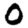
Digit: 0